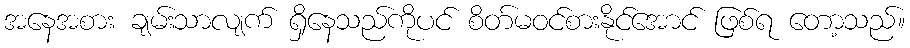
အနေအစား ချမ်းသာလျက် ရှိနေသည်ကိုပင် စိတ်မဝင်စားနိုင်အောင် ဖြစ်ရ တော့သည်။